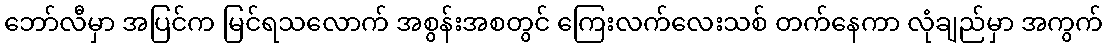
ဘော်လီမှာ အပြင်က မြင်ရသလောက် အစွန်းအစတွင် ကြေးလက်လေးသစ် တက်နေကာ လုံချည်မှာ အကွက်